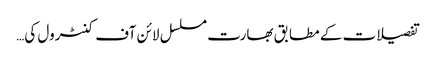
تفصیلات کے مطابق بھارت مسلسل لائن آف کنٹرول کی…